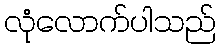
လုံလောက်ပါသည်